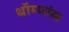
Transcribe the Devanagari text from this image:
थॉम्प्संस